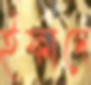
ইফাদে